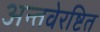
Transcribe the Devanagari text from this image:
अन्तवेरष्टित